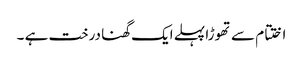
اختتام سے تھوڑا پہلے ایک گھنا درخت ہے ۔